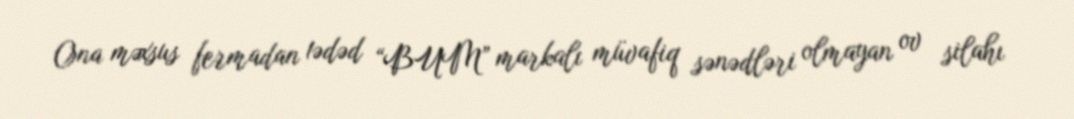
Ona məxsus fermadan 1ədəd “BUM” markalı müvafiq sənədləri olmayan ov silahı